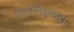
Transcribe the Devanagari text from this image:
ऐल्बोमैकुलटा